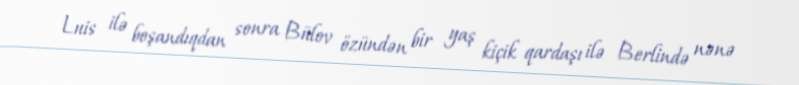
Luis ilə boşandıqdan sonra Bülov özündən bir yaş kiçik qardaşı ilə Berlində nənə